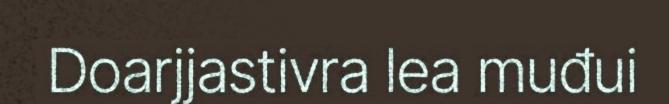
Doarjjastivra lea muđui